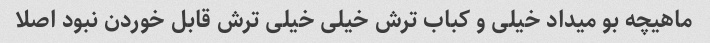
ماهیچه بو میداد خیلی و کباب ترش خیلی خیلی ترش قابل خوردن نبود اصلا